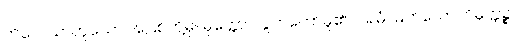
ကိလေသာဟူသော အပြစ်တို့မှ။ မုတ္တော၊ လွတ်တော်မူ၏။ ပရမံ၊ မြတ်သော။ ဝိမုတ္တဉ္စ၊